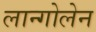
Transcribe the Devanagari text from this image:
लान्गोलेन